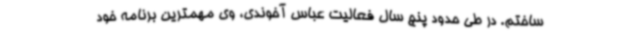
ساختم. در طی حدود پنج سال فعالیت عباس آخوندی، وی مهمترین برنامه خود